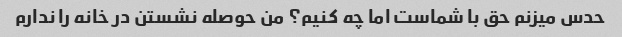
حدس میزنم حق با شماست اما چه کنیم؟ من حوصله نشستن در خانه را ندارم